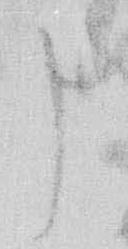
申